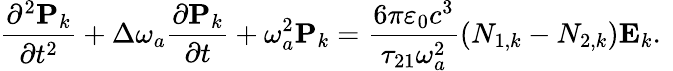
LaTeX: \frac{\partial^{2}\mathbf{P}_{k}}{\partial t^{2}}+\Delta\omega_{a}\frac{\partial\mathbf{P}_{k}}{\partial t}+{\omega_{a}^{2}}\mathbf{P}_{k}=\frac{6\pi\varepsilon_{0}c^{3}}{\tau_{21}\omega_{a}^{2}}(N_{1,k}-N_{2,k})\mathbf{E}_{k}.\mathrm{~}